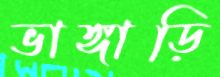
ভাঙ্গাড়ি